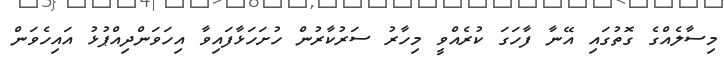
މިސާލެއްގެ ގޮތުގައި އޭނާ ފާހަގަ ކުރެއްވީ މިހާރު ސަރުކާރުން ހުށަހަޅާފައިވާ އިހަވަންދިއްޕުޅު އައިހެވަން